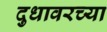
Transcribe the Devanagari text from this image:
दुधावरच्या